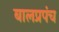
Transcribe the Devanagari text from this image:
बालप्रपंच